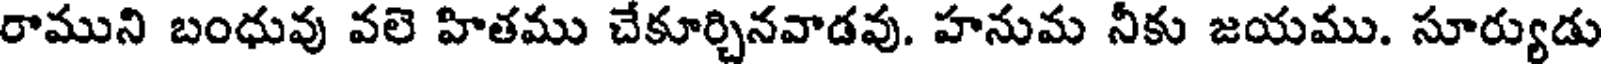
రాముని బంధువు వలె హితము చేకూర్చినవాడవు. హనుమ నీకు జయము. సూర్యుడు